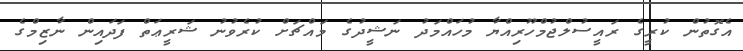
އެގޮތުން ކުރީގެ ރައީސުލްޖުމްހޫރިއްޔާ މުހައްމަދު ނަޝީދުގެ މައްޗަށް ކުރެވުނު ޝަރީޢަތް ފަދައިން ނާޒިމްގެ